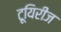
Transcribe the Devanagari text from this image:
टूयिरीज